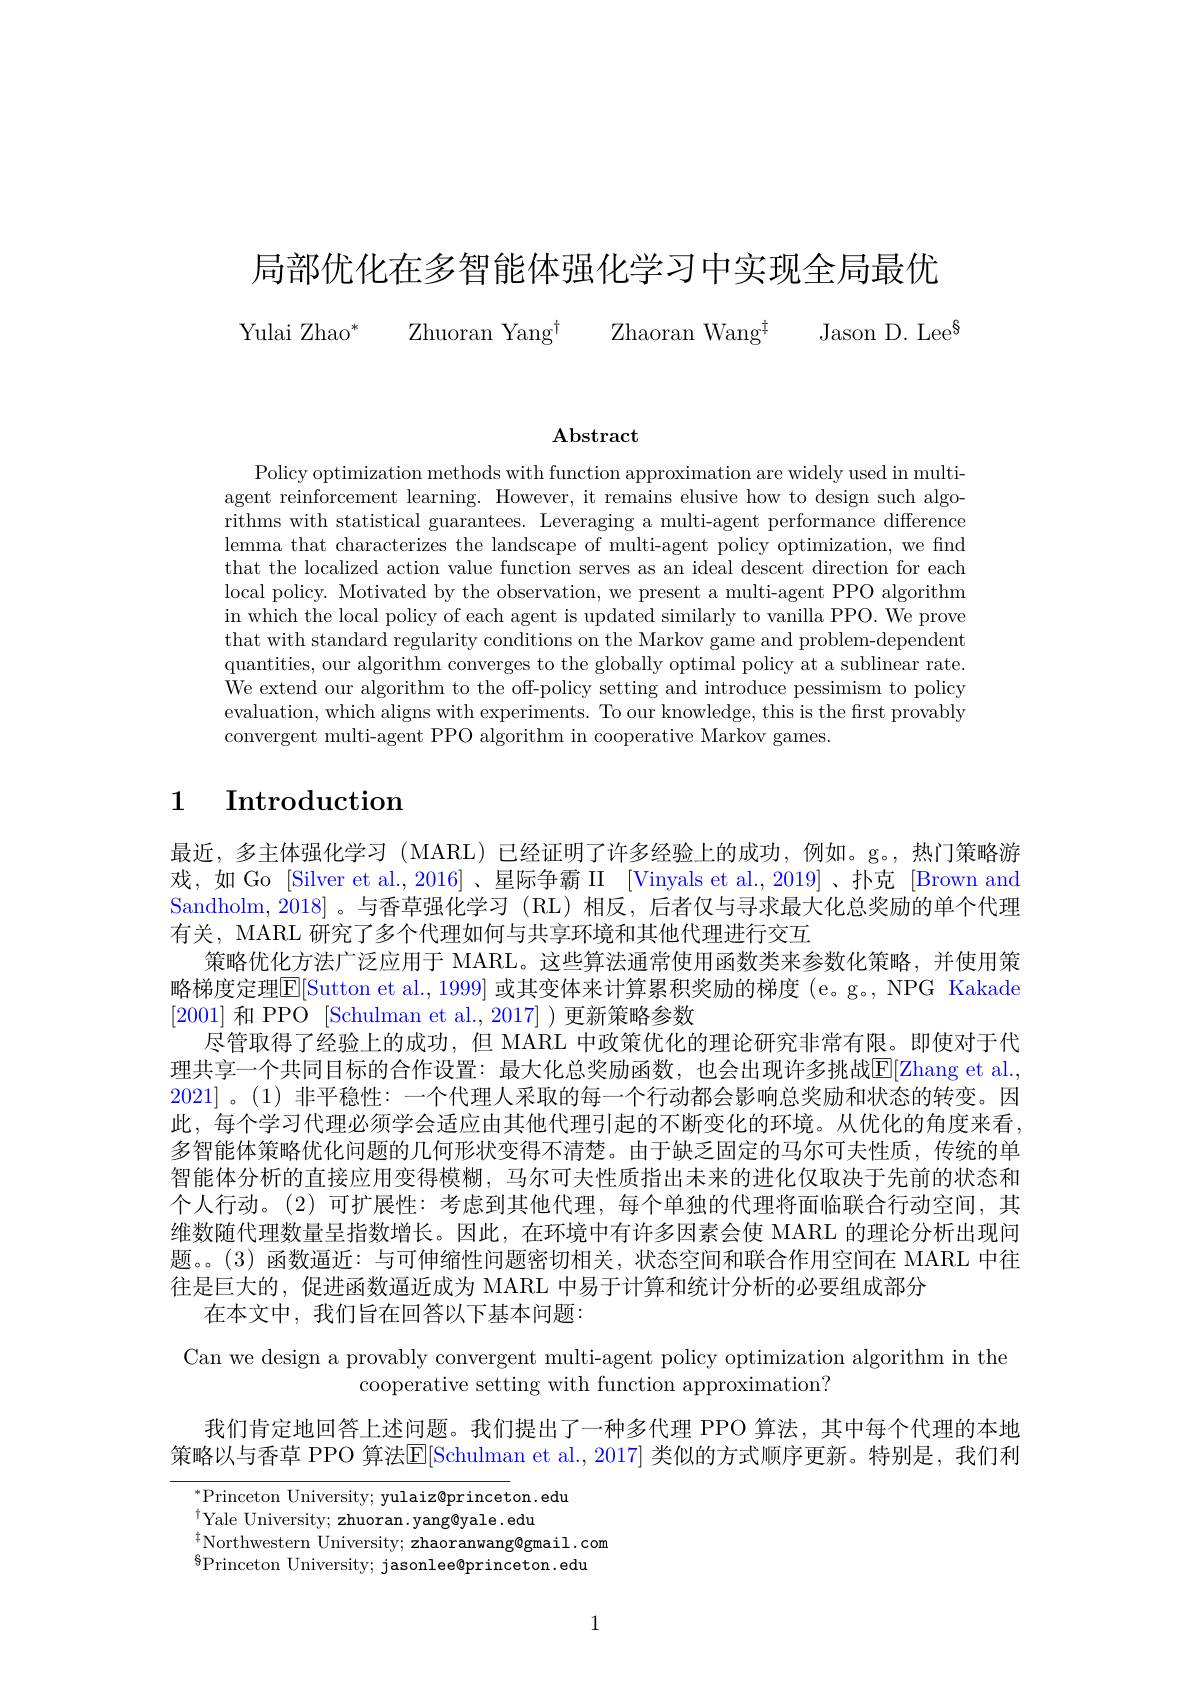
局部优化在多智能体强化学习中实现全局最优

Yulai Zhao* Zhuoran Yang$^{\dagger }$ Zhaoran Wang$^{\ddagger }$ Jason D.Lee$^{\$}$

# $\mathbf{Abstract}$

Policy optimization methods with function approximation are widely used in multiagent reinforcement learning. However, it remains elusive how to design such algorithms with statistical guarantees. Leveraging a multi-agent performance difference lemma that characterizes the landscape of multi-agent policy optimization, we find that the localized action value function serves as an ideal descent direction for each local policy. Motivated by the observation, we present a multi-agent PPO algorithm in which the local policy of each agent is updated similarly to vanilla PPO. We prove that with standard regularity conditions on the Markov game and problem-dependent quantities, our algorithm converges to the globally optimal policy at a sublinear rate. We extend our algorithm to the off-policy setting and introduce pessimism to policy evaluation, which aligns with experiments. To our knowledge, this is the first provably convergent multi-agent PPO algorithm in cooperative Markov games.

## 1 Introduction

最近，多主体强化学习 (MARL) 已经证明了许多经验上的成功，例如。g。,热门策略游戏，如 Go [Silver et al.,2016]、星际争霸 II [Vinyals et al.,2019]、扑克 [Brown and Sandholm, 2018]。与香草强化学习(RL)相反，后者仅与寻求最大化总奖励的单个代理有关，MARL 研究了多个代理如何与共享环境和其他代理进行交互
策略优化方法广泛应用于 MARL。这些算法通常使用函数类来参数化策略，并使用策略梯度定理$\mathbb{E}[$Sutton et al., 1999] 或其变体来计算累积奖励的梯度 (e。g。, NPG Kakade [2001]和 PPO [Schulman et al., 2017] )更新策略参数
尽管取得了经验上的成功，但 MARL 中政策优化的理论研究非常有限。即使对于代理共享一个共同目标的合作设置：最大化总奖励函数，也会出现许多挑战$\overline{\mathrm{E}}[$Zhang et al., 2021]。(1)非平稳性：一个代理人采取的每一个行动都会影响总奖励和状态的转变。因此，每个学习代理必须学会适应由其他代理引起的不断变化的环境。从优化的角度来看多智能体策略优化问题的几何形状变得不清楚。由于缺乏固定的马尔可夫性质，传统的单智能体分析的直接应用变得模糊，马尔可夫性质指出未来的进化仅取决于先前的状态和个人行动。(2)可扩展性：考虑到其他代理，每个单独的代理将面临联合行动空间，其维数随代理数量呈指数增长。因此，在环境中有许多因素会使 MARL 的理论分析出现问题。。(3)函数逼近：与可伸缩性问题密切相关，状态空间和联合作用空间在 MARL 中往往是巨大的，促进函数逼近成为 MARL 中易于计算和统计分析的必要组成部分
在本文中，我们旨在回答以下基本问题：

Can we design a provably convergent multi-agent policy optimization algorithm in the
cooperative setting with function approximation?

我们肯定地回答上述问题。我们提出了一种多代理 PPO 算法，其中每个代理的本地

策略以与香草 PPO 算法$\overline{\mathbb{E}}[$Schulman et al.,2017] 类似的方式顺序更新。特别是，我们利

$^*$Princeton University; yulaiz@princeton.edu
$^{\dagger}$Yale University; zhuoran. yang@yale. edu
$\overset{\dagger}{\operatorname*{\operatorname*{Northwestern~University;~zhaoranwang@gmail.com}}}$
$^{6}$Princeton University; jasonlee@princeton.edu

1